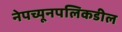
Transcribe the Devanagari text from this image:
नेपच्यूनपलिकडील